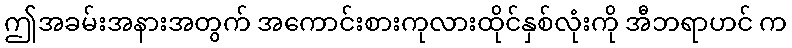
ဤအခမ်းအနားအတွက် အကောင်းစားကုလားထိုင်နှစ်လုံးကို အီဘရာဟင် က